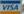
visa